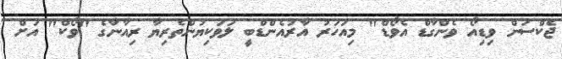
ޖެކްސަން ވިޑިއޯ ވެންގާޑް އެވޯޑް" މިއަހަރު އާރުއެންޑްބީ ލަވަކިޔުންތެރިޔާ ރިއާނާގެ "ވޯކް" އަށް